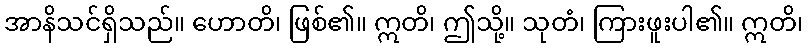
အာနိသင်ရှိသည်။ ဟောတိ၊ ဖြစ်၏။ ဣတိ၊ ဤသို့။ သုတံ၊ ကြားဖူးပါ၏။ ဣတိ၊